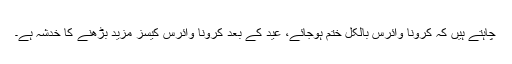
چاہتے ہیں کہ کرونا وائرس بالکل ختم ہوجائے، عید کے بعد کرونا وائرس کیسز مزید بڑھنے کا خدشہ ہے۔